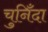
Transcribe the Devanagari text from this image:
चुनिँदा